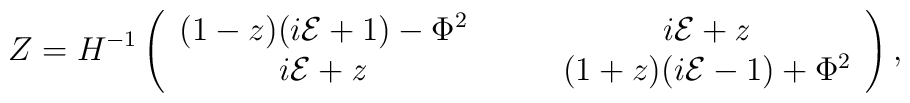
\ Z=H^{-1}\left(\begin{array}{ccc}(1-z)(i\cal E \rm +1)-{\rm \Phi}^2 & \hspace{5mm} & i\cal E\it+z \\i\cal E\it+z & \hspace{5mm} & (1+z)(i\cal E \rm -1)+{\rm \Phi}^2  \\\end{array}\right),